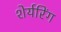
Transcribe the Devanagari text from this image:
शेर्यरिंग